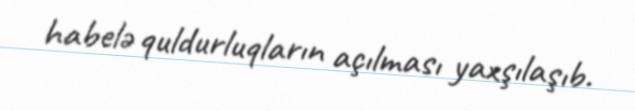
habelə quldurluqların açılması yaxşılaşıb.